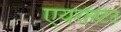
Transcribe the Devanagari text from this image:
एयरोस्टेट